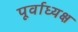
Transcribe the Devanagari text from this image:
पूर्वाध्यक्ष